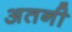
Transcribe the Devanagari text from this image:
अतनी